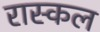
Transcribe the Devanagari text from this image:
रास्कल